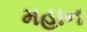
મહાન